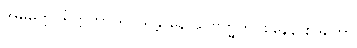
အဓိမတ္တပရိတ္တတာ ရူပသန္တာနေ သဗြဟ္မကဝစနေန စုဒိတော